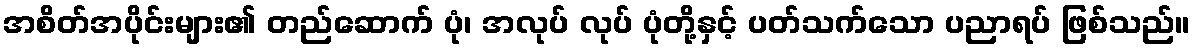
အစိတ်အပိုင်းများ၏ တည်ဆောက် ပုံ၊ အလုပ် လုပ် ပုံတို့နှင့် ပတ်သက်သော ပညာရပ် ဖြစ်သည်။